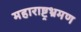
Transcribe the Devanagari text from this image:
महाराष्ट्रभ्रमण